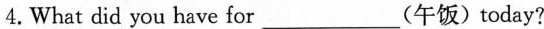
4.What did you have for___(午饭)today?